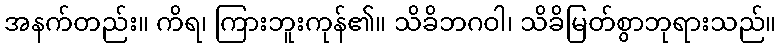
အနက်တည်း။ ကိရ၊ ကြားဘူးကုန်၏။ သိခိဘဂဝါ၊ သိခိမြတ်စွာဘုရားသည်။